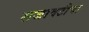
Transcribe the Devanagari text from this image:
सजावटीचा